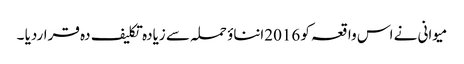
میوانی نے اس واقعہ کو 2016انناؤ حملہ سے زیادہ تکلیف دہ قراردیا ۔